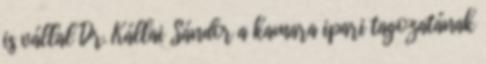
is vállal Dr. Kállai Sándor a kamara ipari tagozatának